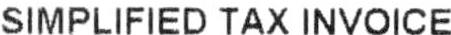
SIMPLIFIED TAX INVOICE